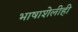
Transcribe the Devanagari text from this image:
भाषाशेलीही